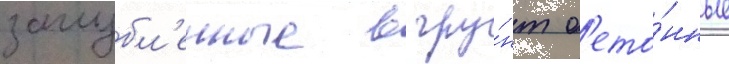
заглубл'енные в гру́нт б'ето́нные